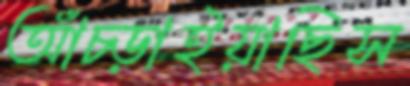
আঁচ্‌ড়াইয়াছিস